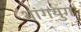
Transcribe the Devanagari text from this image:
थांगयुग